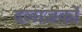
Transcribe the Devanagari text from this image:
दलाज़कों